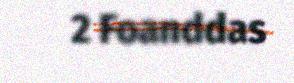
2 Foanddas